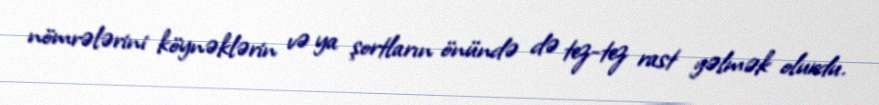
nömrələrini köynəklərin və ya şortların önündə də tez-tez rast gəlmək olurdu.